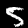
Digit: 5